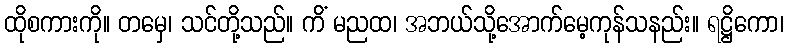
ထိုစကားကို။ တမှေ၊ သင်တို့သည်။ ကိံ မညထ၊ အဘယ်သို့အောက်မေ့ကုန်သနည်း။ ရဋ္ဌိကော၊